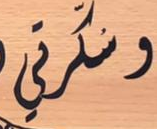
سكرتي